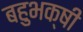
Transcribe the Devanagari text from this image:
बहुभक्षी